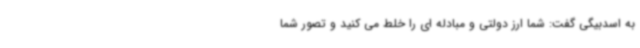
به اسدبیگی گفت: شما ارز دولتی و مبادله ای را خلط می کنید و تصور شما